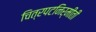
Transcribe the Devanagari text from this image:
चित्रपटनिर्मीती